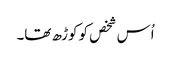
اُس شخص کو کوڑھ تھا۔